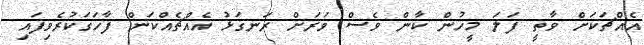
އެއްޗަކަށް ވާތީ ފަލަ މީހުން ކާން ވެސް ވަރަށް ރަނގަޅު އެއްޗެއްކަން ފާހަގަކުރެވިފައި